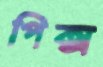
পিক্স